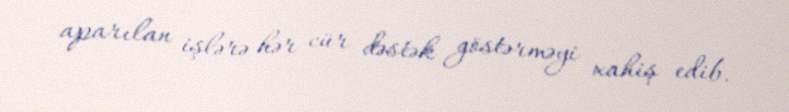
aparılan işlərə hər cür dəstək göstərməyi xahiş edib.